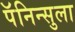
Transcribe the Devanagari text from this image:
पॅनिन्सुला